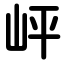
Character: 岼